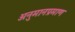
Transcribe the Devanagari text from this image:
अनुमानप्रमाण